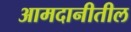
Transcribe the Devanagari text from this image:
आमदानीतील